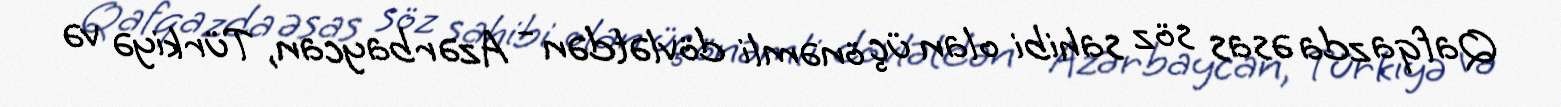
Qafqazda əsas söz sahibi olan üç önəmli dövlətdən - Azərbaycan, Türkiyə və